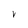
Character: V